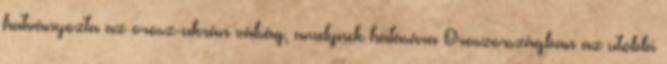
hatványozta az orosz-ukrán válság, amelynek hatására Oroszországban az utóbbi